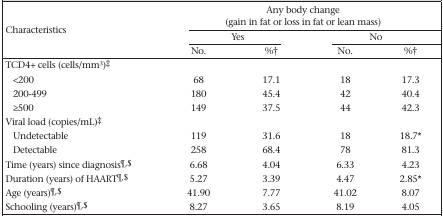
<table><thead><tr><td rowspan="3"><b>Characteristics</b></td><td colspan="4"><b>Any body change (gain in fat or loss in fat or lean mass)</b></td></tr><tr><td colspan="2"><b>Yes</b></td><td colspan="2"><b>No</b></td></tr><tr><td><b>No.</b></td><td><b>%†</b></td><td><b>No.</b></td><td><b>%†</b></td></tr></thead><tbody><tr><td>TCD4+ cells (cells/mm<sup>3</sup>)‡</td><td></td><td></td><td></td><td></td></tr><tr><td>&lt;200</td><td>68</td><td>17.1</td><td>18</td><td>17.3</td></tr><tr><td>200–499</td><td>180</td><td>45.4</td><td>42</td><td>40.4</td></tr><tr><td>≥500</td><td>149</td><td>37.5</td><td>44</td><td>42.3</td></tr><tr><td>Viral load (copies/mL)‡</td><td></td><td></td><td></td><td></td></tr><tr><td>Undetectable</td><td>119</td><td>31.6</td><td>18</td><td>18.7*</td></tr><tr><td>Detectable</td><td>258</td><td>68.4</td><td>78</td><td>81.3</td></tr><tr><td>Time (years) since diagnosis¶, $</td><td>6.68</td><td>4.04</td><td>6.33</td><td>4.23</td></tr><tr><td>Duration (years) of HAART¶, $</td><td>5.27</td><td>3.39</td><td>4.47</td><td>2.85*</td></tr><tr><td>Age (years)¶, $</td><td>41.90</td><td>7.77</td><td>41.02</td><td>8.07</td></tr><tr><td>Schooling (years)¶, $</td><td>8.27</td><td>3.65</td><td>8.19</td><td>4.05</td></tr></tbody></table>